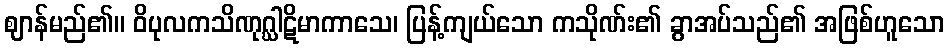
ဈာန်မည်၏။ ဝိပုလကသိဏုဂ္ဃါဋိမာကာသေ၊ ပြန့်ကျယ်သော ကသိုဏ်း၏ ခွာအပ်သည်၏ အဖြစ်ဟူသော